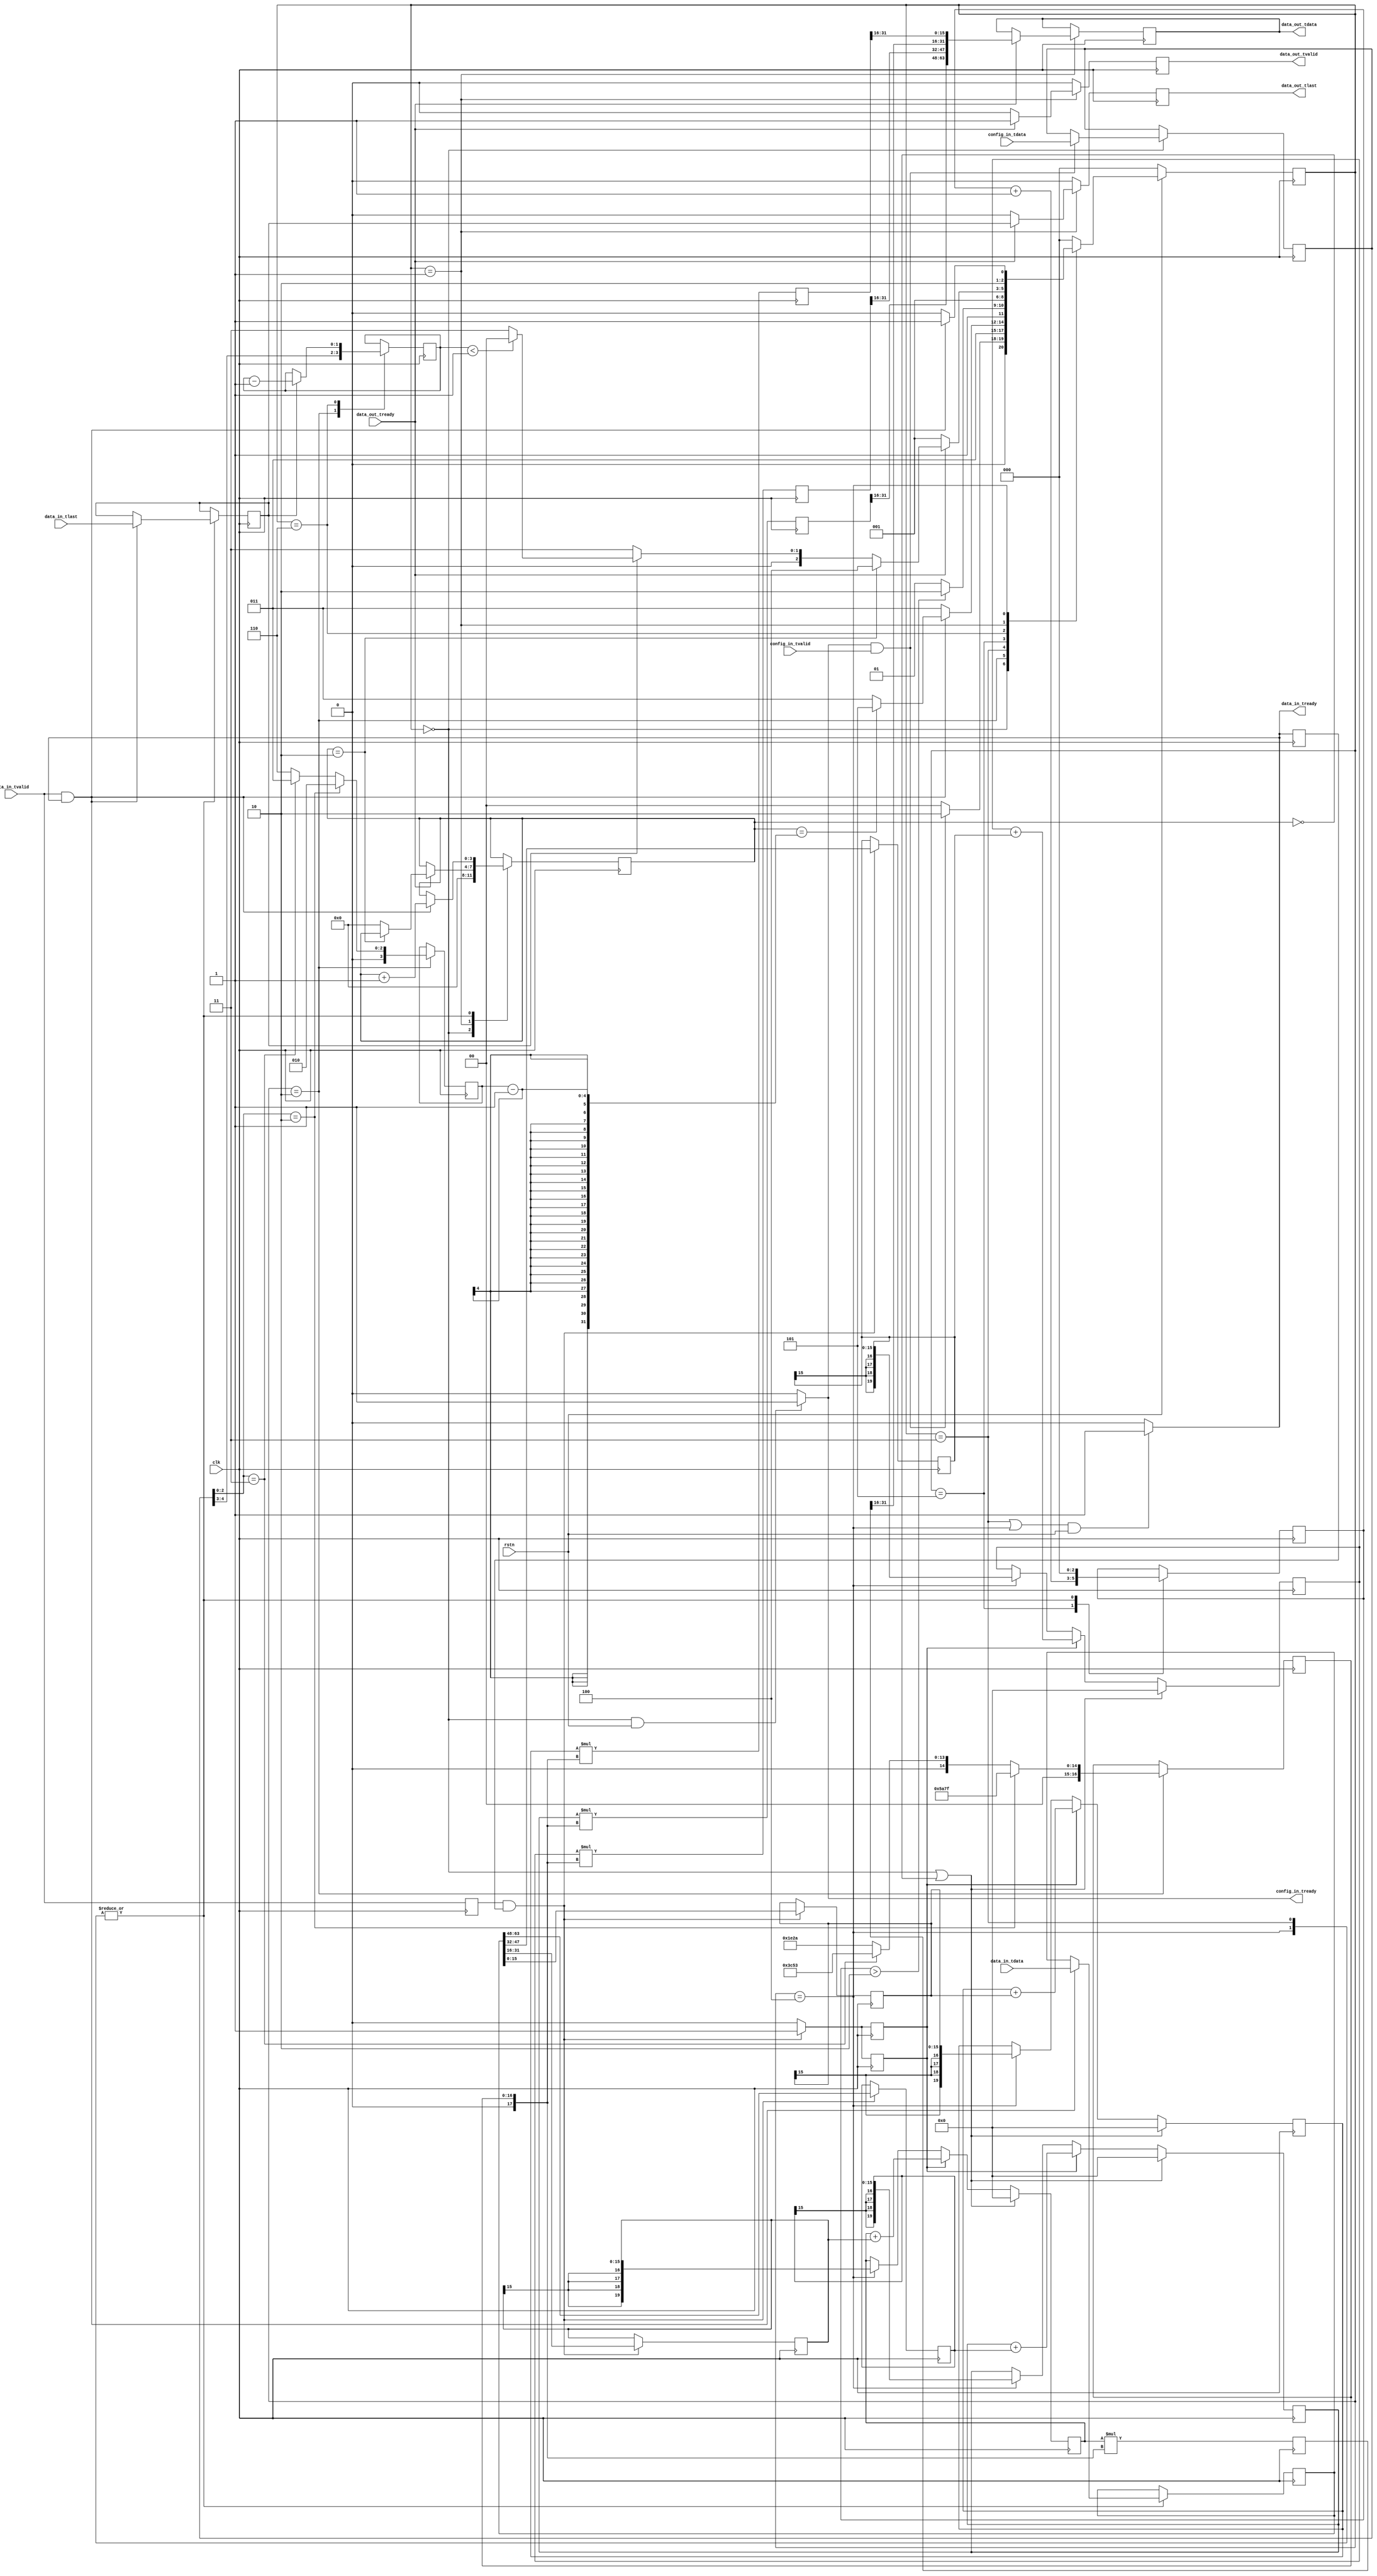
//************************************************************************************************//
/*
% Copyright (c) 2016-2022, WiSig Networks Pvt Ltd. All rights reserved.
% www.wisig.com
%
% All information contained herein is property of WiSig Networks Pvt Ltd.
% unless otherwise explicitly mentioned.
%
% The intellectual and technical concepts in this file are proprietary
% to WiSig Networks and may be covered by granted or in process national
% and international patents and are protect by trade secrets and
% copyright law.
%
% Redistribution and use in source and binary forms of the content in
% this file, with or without modification are not permitted unless
% permission is explicitly granted by WiSig Networks.
General Information:
----------------------
    This Module Averages the Tones based on the Tone Average Factor
I/O Information:
------------------
	1.	Configuration Input from Controller
	2.	Q2.14*nRX input from Time Offset Correction Module
	3.	Q2.14*nRX Output to Equalizer, LLR Scaling
--------------
Date (dd/mm/yy)    	  Author 		        Description of Change
------------------------------------------------------------------
23-05-2022                  Yeshpal                 Initial Version
 */
//************************************************************************************************//
module wn_pdcchrx_freq_toneaverage
 #(
     parameter nRx = 2
 )
 (    
     //System clock
     input clk,
     //System reset
     input rstn,
     //AXIS input configuration
     input [4:0] config_in_tdata,// 3 bit - tone average factor,2 bits - number of symbols
     input config_in_tvalid,
     output reg config_in_tready,
     //AXIS input data from Frequency offset estimation module
     input [((nRx * 32) - 1) : 0] data_in_tdata,
     input data_in_tvalid,
     output reg data_in_tready,
     input data_in_tlast,
     //AXIS output - tdata,tready , tvalid , tlast
     output reg [((nRx * 32) - 1) : 0] data_out_tdata, //  Q2.14 format for each real and imag value
     output reg data_out_tvalid,
     input data_out_tready,
     output reg data_out_tlast
 
 
 );
 
 //Registering input and output port
 reg [4:0] config_in_tdata_reg;
 reg config_in_tvalid_reg;
 reg config_in_tready_reg;
 
 
 reg [((nRx * 32) - 1) : 0] data_in_tdata_reg;
 
 reg data_in_tvalid_reg;
 reg data_in_tready_reg;
 reg data_in_tlast_reg;
 
 wire [((nRx * 32) - 1) : 0] data_out;
 reg [((nRx * 32) - 1) : 0] data_out_tdata_reg; 
 reg data_out_tvalid_reg;
 reg data_out_tready_reg;
 reg data_out_tlast_reg;

//variables to store parameter values
 wire [2:0] avg_factor;
 wire [1:0] num_symbols;
 //Scaling variable
 reg [16:0] scaling_factor;


 reg [3:0] count , count_max;

 //Signed Variable for storing input data
 reg signed [15:0] data_in1 [0 : ((2 * nRx) - 1)];
 //variable for storing sum
 reg signed [19:0] sum [0 : ((2 * nRx) - 1)];

 //Scaling variable
 wire signed [17:0] scale_wire;
 reg [2:0] scale_count;
 
 
//Flag
 reg sum_flag;
 reg [1:0] sym_index;

 //storing some parameter values
 assign avg_factor = config_in_tdata_reg[2:0];
 assign num_symbols = config_in_tdata_reg[4:3];

 //Variable for storing scaled sum
 reg signed [36:0] scaled_sum[0 : ((2 * nRx) - 1)];//Q7.30


 localparam RD_CONFIG = 0,WR_DATA = 1,WAIT = 2,RD_DATA = 3,RD_DATA1 = 4,SCALE = 5,WAIT1 = 6;
//state variable
 reg [2:0] state,next_state;

 //Sequential block for Registering all inputs
 always @(posedge clk)
 begin
     config_in_tvalid_reg <= config_in_tvalid;
     data_in_tvalid_reg <= data_in_tvalid;
     data_out_tready_reg <= data_out_tready;
     data_in_tready_reg <= data_in_tready;
 end

 assign scale_wire = {1'd0,scaling_factor};

 //Performing scaling
 genvar g1;

 generate
    for(g1 = 0;g1 < (2 * nRx); g1 = g1 +2)
    begin : for_loop8
        always @(posedge clk)
        begin
            
        
        scaled_sum[g1] <= sum[g1] * scale_wire;
        scaled_sum[g1 + 1] <= sum[g1 + 1] * scale_wire;
        end
    end


 endgenerate

//Storing input values in signed variables
 genvar g2;
 generate 
 
  for(g2 = 0;g2 < (2 * nRx); g2 = g2 +2)
  begin : for_loop9
      always @(posedge clk)
      begin
          
          if(data_in_tvalid_reg && data_in_tready_reg )
          begin
              
             data_in1[g2] <= data_in_tdata_reg[((g2 * 16) + 15):(g2 * 16 )] ;//Real value
             data_in1[g2 + 1] <= data_in_tdata_reg[(((g2 + 1) * 16) + 15):((g2 + 1)* 16 )] ;//Imag value 
          
             sum_flag <= 1;
 
 
          end
          else
            sum_flag <= 0;
 
 
 
      end
  end
 endgenerate

 //Accumulatimg the sum
  genvar g3;

  generate
    for(g3=0; g3 < (2 * nRx) ; g3 = g3 + 2)
    begin : for_loop10
        always @(posedge clk)
        begin

            if(state == RD_CONFIG || count == 0)
            begin
             sum[g3] <= 0;
             sum[g3 + 1] <= 0;
            end

            else
                begin
            if(sum_flag == 1)
            begin
                sum[g3] <= sum[g3] + data_in1[g3];//Q6.14
                sum[g3 + 1] <= sum[g3 + 1] + data_in1[g3 + 1];
            end
            else
                begin 
                    if(state == RD_DATA1)
                    begin
                        sum[g3] <= data_in1[g3];
                        sum[g3 + 1] <= data_in1[g3 + 1];
                    end
                    else
                        begin
                    sum[g3] <= sum[g3];
                    sum[g3 + 1] <= sum[g3 + 1];
                        end
                end

            end


        end
    end

  endgenerate


  //Writing data
genvar g4;
generate
  for(g4 = 0;g4 < (2*nRx) ; g4 = g4 + 1)
  begin : for_loop11
   assign  data_out[(16*g4) + (15):((16*g4) + 0)] = scaled_sum[g4][31:16];//Changing format from 7.30 to 2.14
  end

endgenerate
 
 always @(posedge clk)
 begin
     if(!rstn)
     state <= RD_CONFIG;
     else
         state <= next_state;
 end


//Combinational block 
 always @(*)
 begin
     next_state = RD_CONFIG;

     case(state)

     RD_CONFIG: begin
                 if(config_in_tready && config_in_tvalid)
                  next_state = WAIT;
                  else
                    next_state = RD_CONFIG;
                end


    WAIT:    begin
                 next_state = RD_DATA;
               end

     RD_DATA:begin
                 if(data_in_tvalid && data_in_tready)
                 begin
                    if(count == count_max - 1)
                     next_state = SCALE;
                     else
                        next_state = RD_DATA;
                 end
                 else
                    next_state = RD_DATA;

                   
               end

     SCALE:begin
                if(scale_count > 2)
                begin
                 next_state = WAIT1;
                  end
                  else
                    next_state = SCALE;
                  end

     WAIT1:begin
             next_state = WR_DATA;
         
              end

    WR_DATA:begin
               if(data_out_tready)
               begin
                
                   if(count == 2)
                   next_state = RD_DATA1;
                   else
                    begin
                        if(data_in_tlast_reg)
                        begin
                        if(sym_index < 1)
                        next_state = RD_CONFIG;
                        else
                    next_state = RD_DATA;
                        end
                        else
                            next_state = RD_DATA;

                    end
               end

               else
                next_state = WR_DATA;
             end


    RD_DATA1:begin
               if(data_in_tready && data_in_tvalid)
                 next_state = SCALE;
                 else
                    next_state = RD_DATA1;
                   
               end


     endcase

 end

//Sequential block
 always @(posedge clk)
 begin
     data_out_tvalid_reg <= 0;
     data_out_tlast_reg <= 0;
     case(state)
       RD_CONFIG:begin
           //Reading input configuration
                  if(config_in_tready && config_in_tvalid)
                    config_in_tdata_reg <= config_in_tdata;
                      count <= 0;
                  end

        WAIT:   begin
                //Intializing counters and some other variables based on input config
                 sym_index <= num_symbols;
                     if(avg_factor == 2)
                     begin
                         count_max = 2;
                         scaling_factor <= 17'd23167;//(0.5*0.707) in 1.16 format
                     end
                     else if(avg_factor == 3)
                        begin
                            count_max = 3;
                            scaling_factor <= 17'd15443;//(1/3)*0.707 in 1.16 format

                        end
                        else
                            begin
                            count_max = 6;
                            scaling_factor <= 17'd7722;//(1/6)*0.707 in 1.16 format

                            end
                 end


       RD_DATA:begin
           //Reading input data from TOC module
                  if(data_in_tvalid && data_in_tready)
                  begin
                      data_in_tdata_reg <= data_in_tdata;
                      data_in_tlast_reg <= data_in_tlast;
                      count <= count + 1'b1;
                  end
                  else 
                    begin

                     count <= count;

                    end
                     scale_count <= 0;

                 end

                 SCALE:begin
         
                    scale_count <= scale_count + 1'b1;
                   end

        WAIT1:begin
            //Wait till we Averaged all the symbols 
              if(data_in_tlast_reg)
              sym_index <= sym_index - 2'd1;
              else
                sym_index <= sym_index;
            
               end

        WR_DATA:begin
            //Write state
                if(data_out_tready)
                begin
                    data_out_tdata_reg <= data_out;
                    data_out_tvalid_reg <= 1;
                    data_out_tlast_reg <= data_in_tlast_reg;
                    if(count ==2)
                     count <= count;
                     else
                        count <= 0;
                end

                else
                    begin
                        
                    end
                 end
        RD_DATA1:begin
                //State for reading third input ,in case of avgfactor =2
                 if(data_in_tready && data_in_tvalid)
                   begin
                       data_in_tdata_reg <= data_in_tdata;
                        data_in_tlast_reg <= data_in_tlast;
                       count <= count + 1'b1;
                   end
                   else
                    begin
                        count <= count;
                    end
                     scale_count <= 0;
                  end


     endcase



 end


 //Writing Output
 always @(*)
 begin
     data_out_tdata = data_out_tdata_reg;
     data_out_tvalid = data_out_tvalid_reg;
     data_in_tready = ((state == RD_DATA || state == RD_DATA1) && rstn == 1) ? 1 : 0;
     config_in_tready = (state == RD_CONFIG && rstn == 1) ? 1 : 0;
     data_out_tlast = data_out_tlast_reg;
 end
 

endmodule